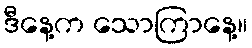
ဒီနေ့က သောကြာနေ့။